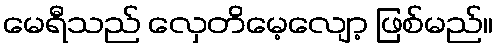
မေရီသည် လှေတိမေ့လျော့ ဖြစ်မည်။